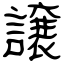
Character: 譲